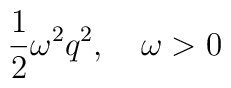
{1\over2}\omega^2q^2,\quad \omega>0